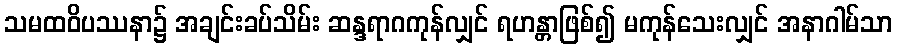
သမထဝိပဿနာ၌ အချင်းခပ်သိမ်း ဆန္ဒရာဂကုန်လျှင် ရဟန္တာဖြစ်၍ မကုန်သေးလျှင် အနာဂါမ်သာ